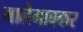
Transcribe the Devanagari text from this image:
मालेगावकर